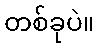
တစ်ခုပဲ။